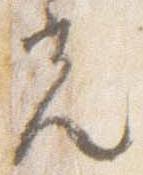
光